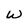
Character: w